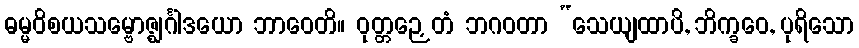
ဓမ္မဝိစယသမ္ဗောဇ္ဈင်္ဂါဒယော ဘာဝေတိ။ ဝုတ္တဉှေတံ ဘဂဝတာ “သေယျထာပိ, ဘိက္ခဝေ, ပုရိသော